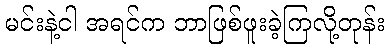
မင်းနဲ့ငါ အရင်က ဘာဖြစ်ဖူးခဲ့ကြလို့တုန်း